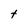
Character: t